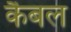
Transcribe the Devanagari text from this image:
कैबल